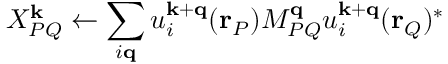
X _ { P Q } ^ { \mathbf { k } } \leftarrow \sum _ { i \mathbf { q } } u _ { i } ^ { \mathbf { k } + \mathbf { q } } ( \mathbf { r } _ { P } ) M _ { P Q } ^ { \mathbf { q } } u _ { i } ^ { \mathbf { k } + \mathbf { q } } ( \mathbf { r } _ { Q } ) ^ { * }